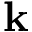
\mathbf k